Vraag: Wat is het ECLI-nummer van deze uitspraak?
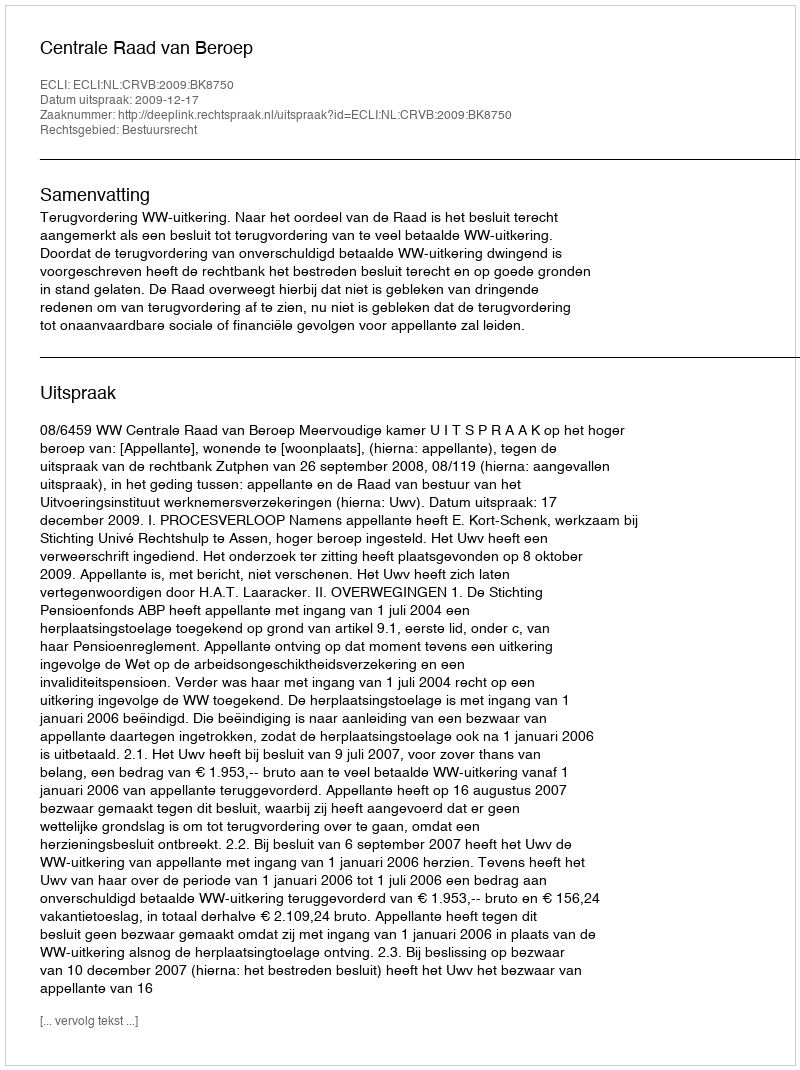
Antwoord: ECLI:NL:CRVB:2009:BK8750